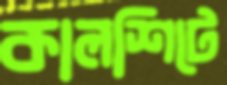
কালশিটে